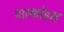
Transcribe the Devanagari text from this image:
पास्कोइस